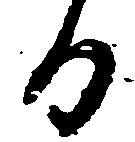
る